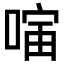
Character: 𪡣